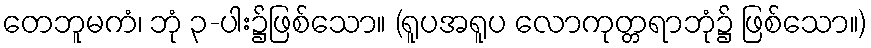
တေဘူမကံ၊ ဘုံ ၃-ပါး၌ဖြစ်သော။ (ရူပအရူပ လောကုတ္တရာဘုံ၌ ဖြစ်သော။)